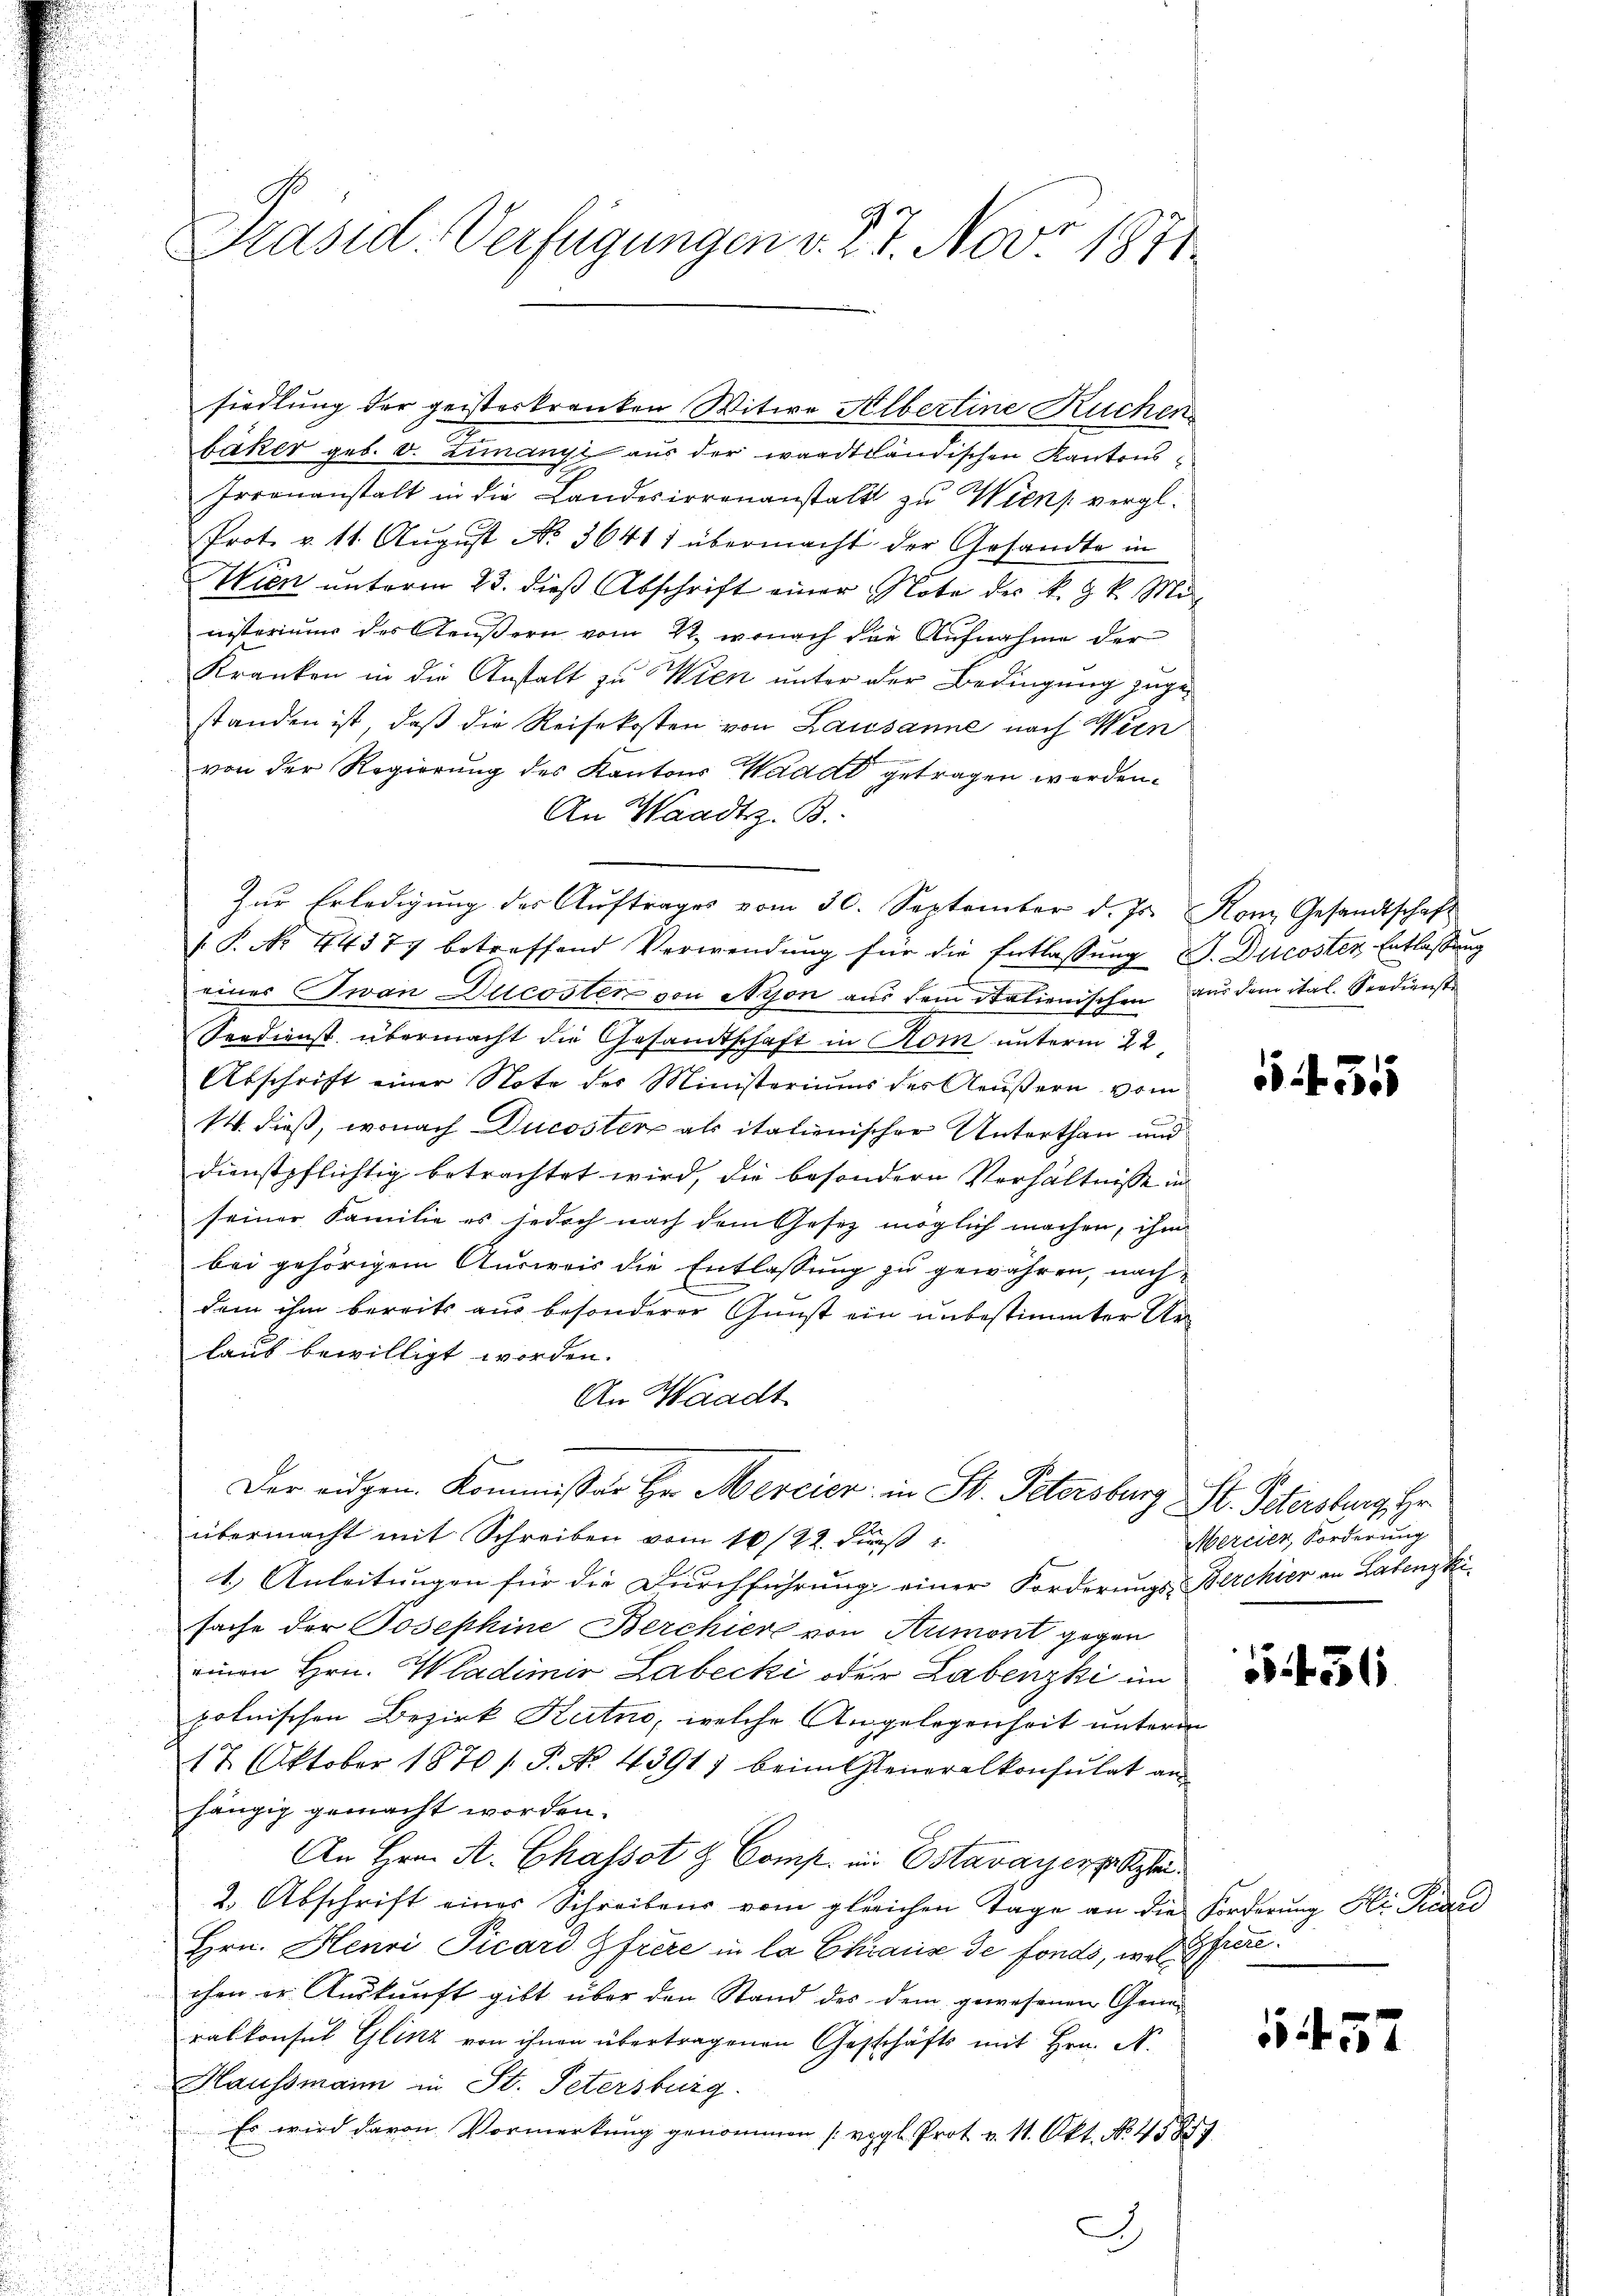
Präsid. Verfügungen v. 27. Nov. 1811.

siedlung der geisterkranken Witwe Albertine Kuchen
bäker geb. v. Limanyi aus der waadtländischen Kantons¬
Irrenanstalt in die Landesirrenanstalt zu Wien vergl.
Prot. v. 11. August No. 36417 übermacht der Gesandte in
Wien unterm 23. dieß Abschrift einer Note des k. k. Mieisterium des Aeußern vom 22., wonach die Aufnahme der
Kranken in die Anstalt zu Wien unter der Bedingung zugestanden ist, daß die Reisekosten von Lausanne nach Wien
von der Regierung des Kantons Wadad getragen werden.
An Waadt z. B.
Zur Erledigung des Auftrages vom 30. September d. Js. Rom Gesandtschaft
 P. No. 44377 betreffend Verwendung für die Entlassung S. Ducoster Entlassung
einer Iwan Ducosten von Nyon aus dem Stationischen aus dem ital. Seedienste
Spedienst übermacht die Gesandtschaft in Rom unterm 22.
Abschrift einer Note des Ministeriums des Aeußern vom
14. dieß, wonach Ducoster als italienischer Unterthan und
dienstpflichtig betrachtet wird, die besondere Verhältnisse in
seiner Familie es jedoch nach dem Gesetz möglich machen, ihm
bei gehörigem Ausweis die Entlassung zu gewähren, nach
dem ihm bereits aus besonderer Gunst ein unbestimmter Unlaub bewilligt worden.
An Waadt
Der eidgen. Kommissär Hr. Mercier in St. Petersburg St. Peterstung Hr.
übermacht mit Schreiben vom 10/22. dieß
1.) Anleitungen für die Durchführung einer Forderungs-Berchier an Latenzki
sache der Josephine Berchiere von Armont gegen
einen Hrn. Wladimir Labecki oder Labenzki im
polnischen Bezirk Kutno, welche Angelegenheit unteren
17. Oktober 1870 /: P. No. 4391) beim Generalkonsulat an
hängig gemacht worden.
An Hrn. A. Chassot & Comp. in Estavayerpoliti¬
2. Abschrift eines Schreibens vom gleichen Tage an die Forderŭng Hr. Padd
Hrn. Henri Picard Gfrere in la Chraus de fonds, in VGfröre.
chen er Auskunft gibt über den Stand des dem gewesenen Generalkonsul Glitz von ihnen übertragenen Geschäfts mit Hrn. N.
Haussmann in St. Petersburg
Es wird davon Vormerkung genommen (vgl. Prot. v. 11. Okt. No. 458. 7

A

5455

Mercier, Forderung

1456

1457